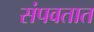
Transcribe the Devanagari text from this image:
संपवतात